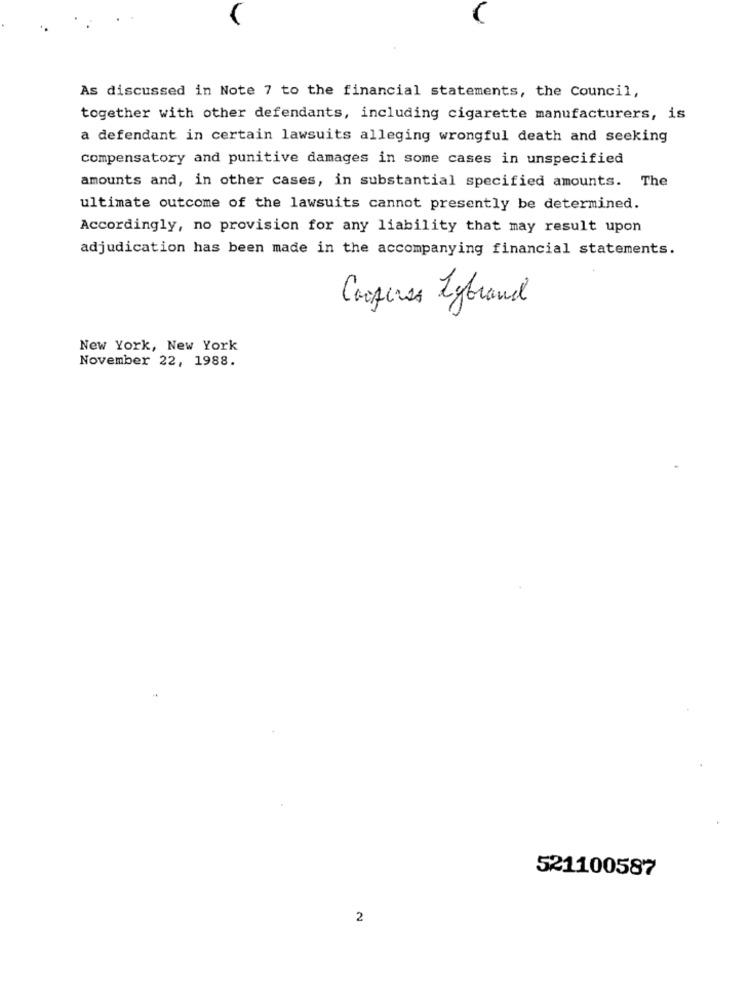
As discussed in Note 7 to the financial statements, the Council,
together with other defendants, including cigarette manufacturers, is
a defendant in certain lawsuits alleging wrongful death and seeking
compensatory and punitive damages in some cases in unspecified
amounts and, in other cases, in substantial specified amounts. The
ultimate outcome of the lawsuits cannot presently be determined.
Accordingly, no provision for any liability that may result upon
adjudication has been made in the accompanying financial statements.
Cooperes Lybrand
New York, New York
November 22, 1988.
521100587
2